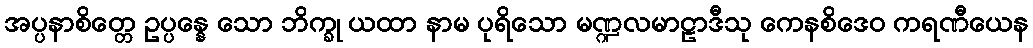
အပ္ပနာစိတ္တေ ဥပ္ပန္နေ သော ဘိက္ခု ယထာ နာမ ပုရိသော မဏ္ဍလမာဠာဒီသု ကေနစိဒေဝ ကရဏီယေန